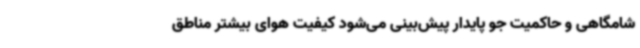
شامگاهی و حاکمیت جو پایدار پیش‌بینی می‌شود کیفیت هوای بیشتر مناطق